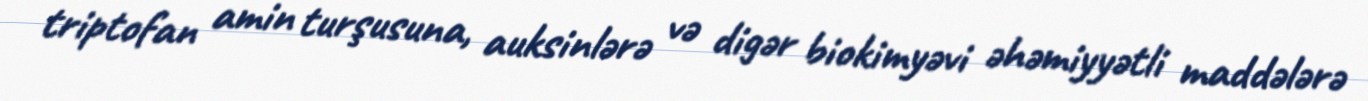
triptofan amin turşusuna, auksinlərə və digər biokimyəvi əhəmiyyətli maddələrə